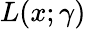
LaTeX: L(x;\gamma)